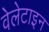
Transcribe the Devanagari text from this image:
वेलेटाइन